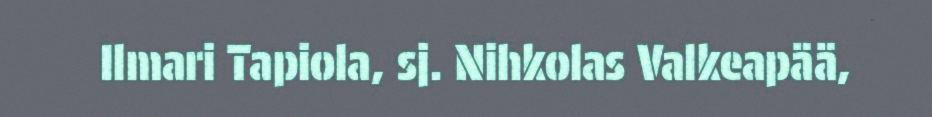
Ilmari Tapiola, sj. Nihkolas Valkeapää,